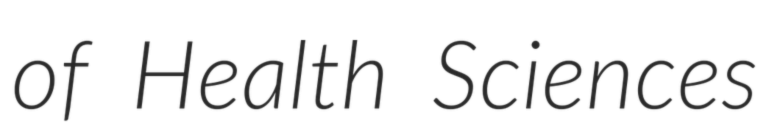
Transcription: of Health Sciences